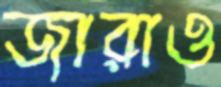
জারাও